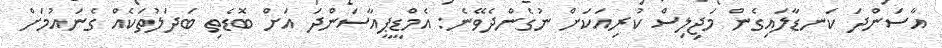
އާސަންދަ ކަނޑާލައިގެން މަޖިލިސް ކުރިއަކަށް ނުގެންދެވޭނެ: އެމްޑީޕީއާސަންދަ އަށް ބޮޑެތި ބަދަލުތަކެއް ގެނައުމަށް